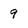
Character: 9